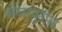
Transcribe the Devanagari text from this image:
खेळापुढील